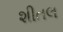
શીતલ